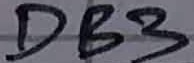
Text: DB3